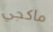
ماكجي